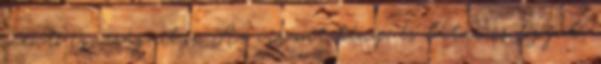
mentő igazságaihoz. Az viszont tény, és látni is fogjuk,